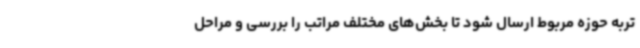
تربه حوزه مربوط ارسال شود تا بخش‌های مختلف مراتب را بررسی و مراحل